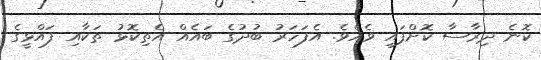
ކޮނެ ދިރާސާ ކޮށްފައި ވެއެވެ. އެފަހަރު ބުދުގެ ބައެއް އެތިކޮޅު ތަކާއި ފައްޅީގެ